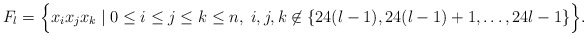
\begin{align*}F_l = \Bigl\{ x_i x_j x_k \;|\; 0 \le i \le j \le k \le n,\; i,j,k \not\in \{ 24(l-1), 24(l-1)+1, \ldots, 24l-1 \} \Bigr\}.\end{align*}